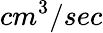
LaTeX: cm^{3}/sec